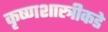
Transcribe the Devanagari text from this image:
कृष्णशास्त्रीकडे